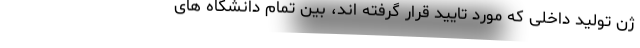
ژن تولید داخلی که مورد تایید قرار گرفته اند، بین تمام دانشگاه های